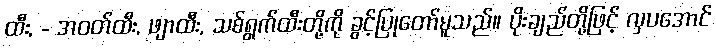
ထီး, - အဝတ်ထီး, ဖျာထီး, သစ်ရွက်ထီးတို့ကို ခွင့်ပြုတော်မူသည်။ ပိုးချည်တို့ဖြင့် လှပအောင်